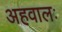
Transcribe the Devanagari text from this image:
अहवालः